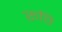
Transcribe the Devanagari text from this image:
रूपि